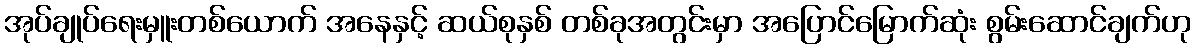
အုပ်ချုပ်ရေးမှူးတစ်ယောက် အနေနှင့် ဆယ်စုနှစ် တစ်ခုအတွင်းမှာ အပြောင်မြောက်ဆုံး စွမ်းဆောင်ချက်ဟု